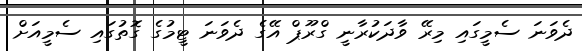
ދެވަނަ ސެމީގައި މިރޭ ވާދަކުރާނީ ގްރޫޕް އޭގެ ދެވަނަ ޓީމުގެ ގޮތުގައި ސެމީއަށް